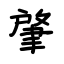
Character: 肇